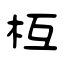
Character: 枑